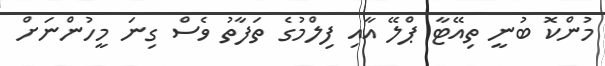
މުންކޮ ބުނީ ތިއޭޓާ ޕްލޭ އާއި ފިލްމުގެ ތަފާތު ވެސް ގިނަ މީހުންނަށް